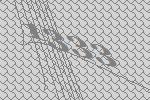
1333